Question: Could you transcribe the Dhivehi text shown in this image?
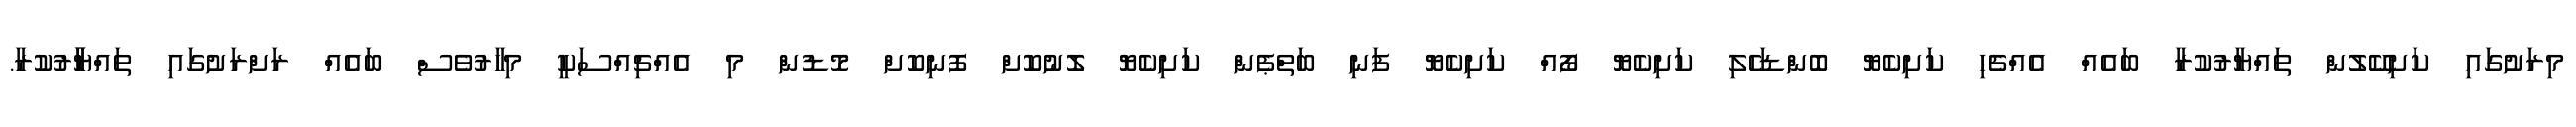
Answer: މިރަށުގައި ކަށިކޭލުން ތައްޔާރުކުރާ ބައެއް އެއްޗެހި ކަށިކެޔޮ ބޮންޑަހެލި ކަށިކެޔޮ ފޯއް ކަށިކެޔޮ ފަނި ބަތްޕެން ކަށިކެޔޮ ލޮނުކޮށް ފޮނިކޮށް މޮޑުން މި އެއްޗިއްސަކީ މިހާރުވެސް ބައެއް ރަށްރަށުގައި ތައްޔާާރުކުރާ.